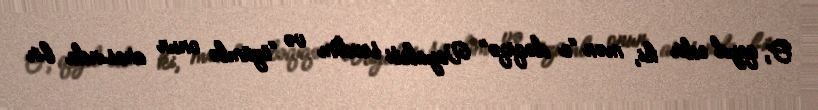
O, qeyd edir ki, mən “o dəqiqə” Vayaleti sevdim və “özümlə onun arasında bir